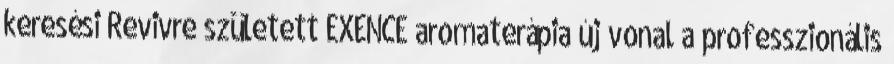
keresési Revivre született EXENCE aromaterápia új vonal a professzionális